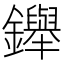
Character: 𨯾